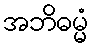
အဘိဓမ္မံ